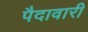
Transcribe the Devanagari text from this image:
पैदावारी